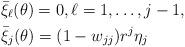
LaTeX: \begin{align*} &\bar{\xi}_\ell(\theta)=0, \ell =1, \ldots, j-1, \\ &\bar{\xi}_j(\theta)= (1-w_{jj})r^j \eta_j \end{align*}